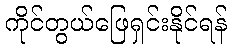
ကိုင်တွယ်ဖြေရှင်းနိုင်ရန်